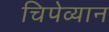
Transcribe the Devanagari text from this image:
चिपेव्यान